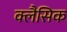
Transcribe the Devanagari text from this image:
क्लैसिक